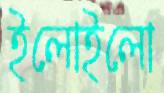
ইলোইলো